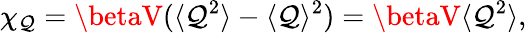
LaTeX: \chi_{\mathcal{Q}}=\betaV(\langle\mathcal{Q}^{2}\rangle-\langle\mathcal{Q}\rangle^{2})=\betaV\langle\mathcal{Q}^{2}\rangle,